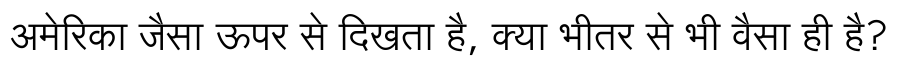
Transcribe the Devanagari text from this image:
अमेरिका जैसा ऊपर से दिखता है, क्या भीतर से भी वैसा ही है?